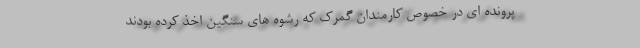
پرونده ای در خصوص کارمندان گمرک که رشوه های سنگین اخذ کرده بودند